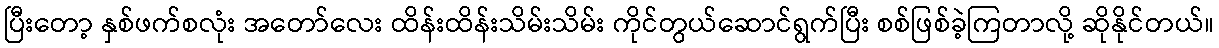
ပြီးတော့ နှစ်ဖက်စလုံး အတော်လေး ထိန်းထိန်းသိမ်းသိမ်း ကိုင်တွယ်ဆောင်ရွက်ပြီး စစ်ဖြစ်ခဲ့ကြတာလို့ ဆိုနိုင်တယ်။